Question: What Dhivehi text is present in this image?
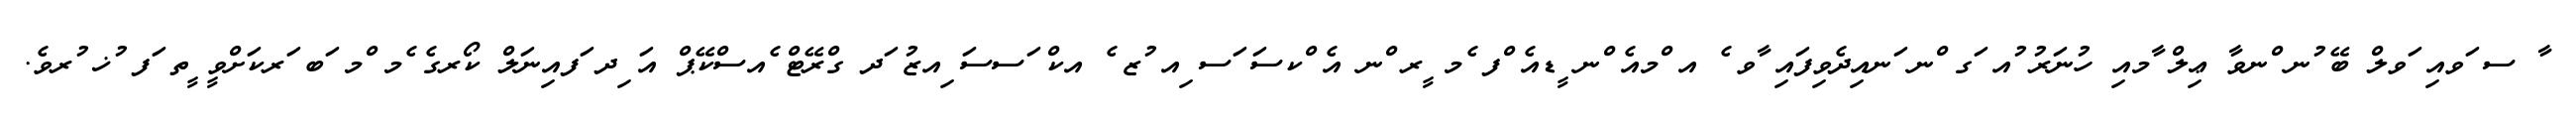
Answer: ާ ސ ަވއި ަވލް ބޭ ުނ ްނވާ ޢިލް ާމއި ހުނަރު ުއ ަގ ްނ ަނއިދެވިފައި ާވ ެ އ ްމއެ ްނ ީޑއެ ްފ ެމ ީރ ްނ އެ ްކސަ ަސ ިއ ުޒ ެ އކް ަސސަ ިއޒު ަދ ގްރޭޓް ެއސްކޭޕް އަ ިދ ަފއިނަލް ކޯރގެ ެމ ްމ ަބ ަރކަށްވީ ީތ ަފ ުޚ ުރވެ.